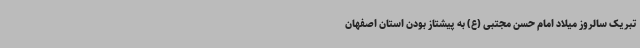
تبریک سالروز میلاد امام حسن مجتبی (ع) به پیشتاز بودن استان اصفهان